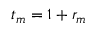
t _ { m } = 1 + r _ { m }